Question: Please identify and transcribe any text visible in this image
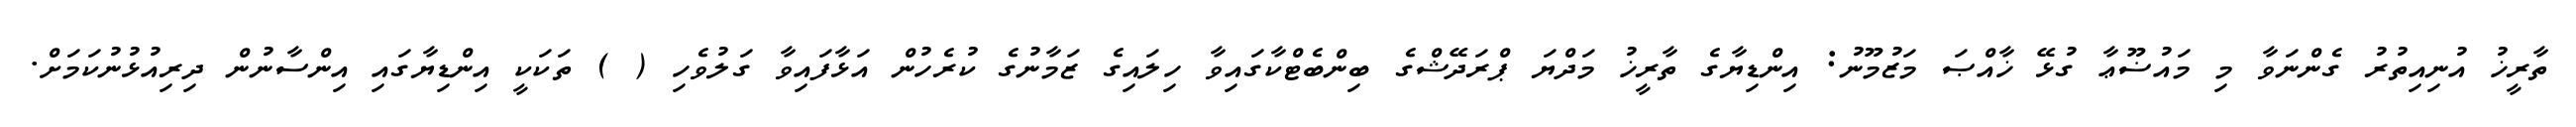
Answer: ތާރީޚު އުނިއިތުރު ގެންނަވާ މި މައުޟޫޢާ ގުޅޭ ޚާއްޞަ މަޒުމޫނު: އިންޑިޔާގެ ތާރީޚު މަދްޔަ ޕްރަދޭޝްގެ ބިންބެޓްކާގައިވާ ހިލައިގެ ޒަމާނުގެ ކުރެހުން އަޅާފައިވާ ގަލުވެހި ( ) ތަކަކީ އިންޑިޔާގައި އިންސާނުން ދިރިއުޅުނުކަމަށް.